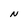
Character: N